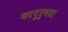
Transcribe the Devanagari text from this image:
कापुरुषता